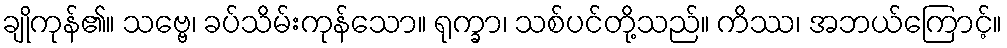
ချိုကုန်၏။ သဗ္ဗေ၊ ခပ်သိမ်းကုန်သော။ ရုက္ခာ၊ သစ်ပင်တို့သည်။ ကိဿ၊ အဘယ်ကြောင့်။